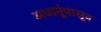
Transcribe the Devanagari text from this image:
अधातूंपासून